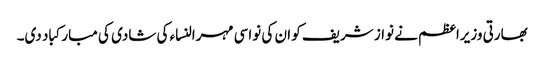
بھارتی وزیراعظم نے نواز شریف کو ان کی نواسی مہرالنساء کی شادی کی مبارکباد دی۔